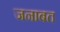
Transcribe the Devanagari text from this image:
जनाबत